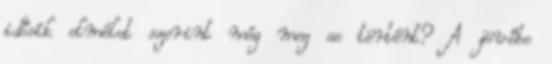
idősík elmélet szerint még meg se történt? A jövőbe